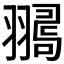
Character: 𦒞